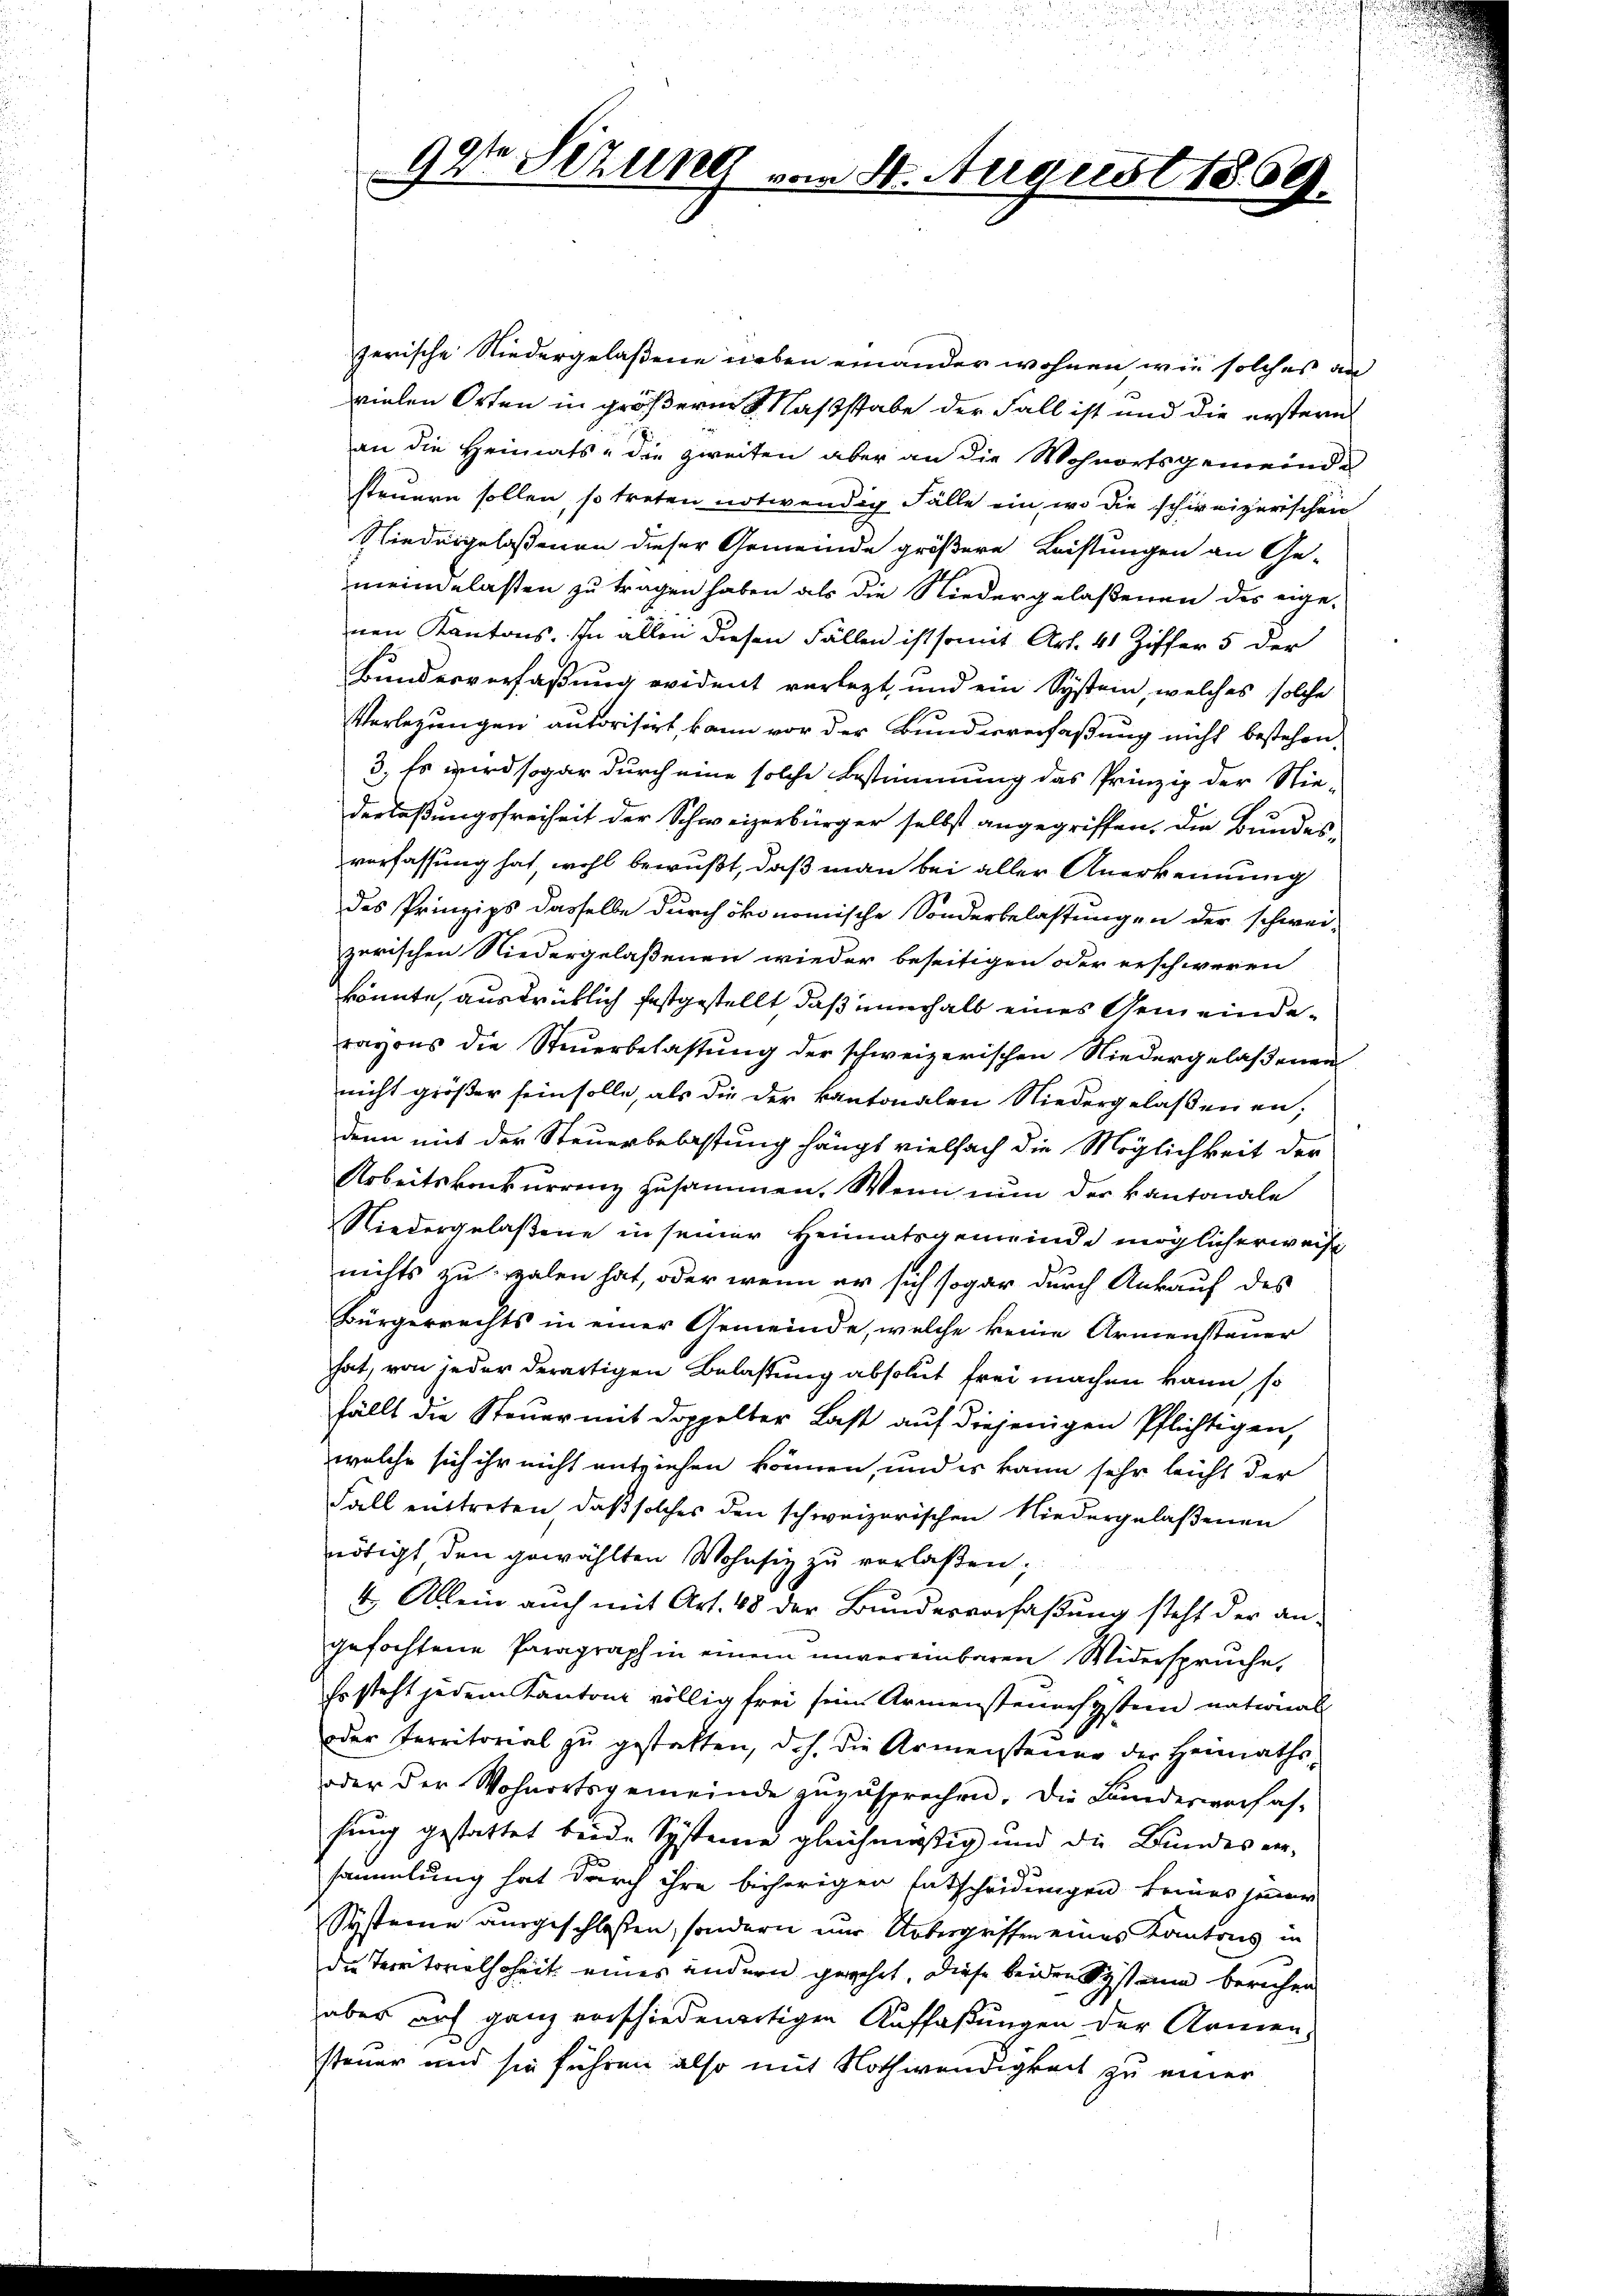
99te Sitzung vom 4. August 1869.

zerische Niedergelaßene neben einander wohnen wie solches an
vielen Orten in größere Maßstabe der Fall ist und die erstern
an die Heimats- die zweiten aber an die Wohnortsgemeinde
steuern sollen, so treten notwendig Fälle ein, wo die schweizerischen
Niedergelassenen dieser Gemeinde größere Leistungen an Ge-
meindelasten zu tragen haben als die Niedergelaßenen des eigenen Kantons. In allen diesen Fällen ist somit Art. 41 Ziffer 5 der
Bundesverfaßung evident verlegt, und ein Systein, welches solche
Verlegungen autorisirt, kann vor der Bundesverfaßung nicht bestehen,
3., Es wird sogar durch eine solche Bestimmung das Prinzip der Nie-
derlaßungsfreiheit der Schweizerbürger selbst angegriffen, die Bundes-
verfassung hat wohl bewußt, daß man bei aller Anerkennung
des Prinzips dasselbe durch ökonomische Sonderbelastungen der schwei-
zerischen Niedergelaßenen wieder beseitigen oder erschweren
könnte, ausdrücklich festgestellt, daß nunhalb eines Gemeinderayons die Steŭerbelastŭng der schweizerischen Niedergelaßenen
nicht größer sein solle, als die der kantonalen Niedergelassenen;
denn mit der Steuerbelastung hängt vielfach die Möglichkeit der
Arbeitskonkurrenz zusammen. Wenn nun der kantonale
Niedergelaßene in seiner Heimatsgemeinde möglicherweise
nichts zu valen hat, oder wenn er sich sogar durch Ankauf des
Bürgerrechts in einer Gemeinde, welche keine Armensteuer
hat, von jeder derartigen Belastung absolut frei machen kann, so
fällt die Steuer mit doppelter Last auf diejenigen Pflichtigen,
welche sich ihr nicht entziehen können, und es kann sehr leicht der
Fall enttreten, daß solches den schweizerischen Niedergelaßenen
nötigt den gewählten Wohnsiz zu verlaßen;
4. Allein auch mit Art. 48 der Bundesverfaßung steht der angefochtene Paragraph in einem unvereinbaren Widerspruche,
Es steht jedem Kantons völlig frei sein Armensteuersystem national
oder Ferritorial zu gestatten, d.h. die Armensteuer der Heimaths-
oder der Wohnortsgemeinde zuzusprechen. Die Landesverfas-
hung gestattet beide Systeme gleichmäßig und die Bundes ersammlung hat durch ihre bisherigen Entscheidungen keines jener
Systeme ausgeschlossen, sondern nur Uebergriffen eines Kantons in
die Territorialhoheit eines andern gewehrt. Diese beiden System berichen
aber auf ganz verschiedenartigen Auffaßungen der Namen
steuer und sie führen also mit Nothwendigkeit zu einer